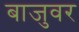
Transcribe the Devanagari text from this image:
बाजुवर